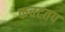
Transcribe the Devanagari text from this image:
कचटतप